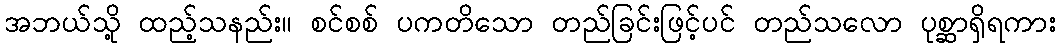
အဘယ်သို့ ထည့်သနည်း။ စင်စစ် ပကတိသော တည်ခြင်းဖြင့်ပင် တည်သလော ပုစ္ဆာရှိရကား